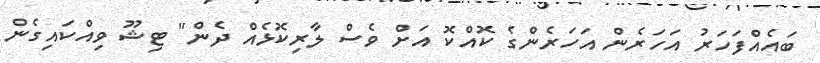
ބައެއްފަހަރު އަހަރެން އަހަރެންގެ ކޮއްކޮ އަށް ވެސް ލާރިކޮޅެއް ދެން" ޓިޝޫ ވިއްކައިގެން